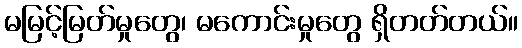
မမြင့်မြတ်မှုတွေ၊ မကောင်းမှုတွေ ရှိတတ်တယ်။